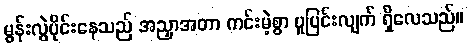
မွန်းလွဲပိုင်းနေသည် အညှာအတာ ကင်းမဲ့စွာ ပူပြင်းလျက် ရှိလေသည်။